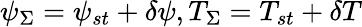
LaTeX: \psi_{\Sigma}=\psi_{st}+\delta\psi,T_{\Sigma}=T_{st}+\delta T